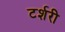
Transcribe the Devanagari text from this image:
टर्शरी